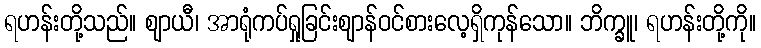
ရဟန်းတို့သည်။ ဈာယီ၊ အာရုံကပ်ရှုခြင်းဈာန်ဝင်စားလေ့ရှိကုန်သော။ ဘိက္ခူ၊ ရဟန်းတို့ကို။